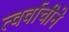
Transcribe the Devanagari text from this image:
त्वर्वाचीने